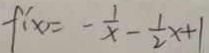
f ^ { \prime } ( x ) = - \frac { 1 } { x } - \frac { 1 } { 2 } x + 1